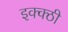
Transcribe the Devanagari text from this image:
इक्क्ठी